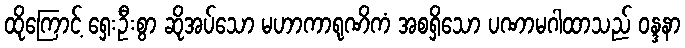
ထိုကြောင့် ရှေးဦးစွာ ဆိုအပ်သော မဟာကာရုဏိကံ အစရှိသော ပဏာမဂါထာသည် ဝန္ဒနာ